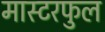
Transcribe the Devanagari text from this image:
मास्टरफुल